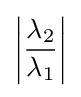
\left|{\frac {\lambda _{2}}{\lambda _{1}}}\right|